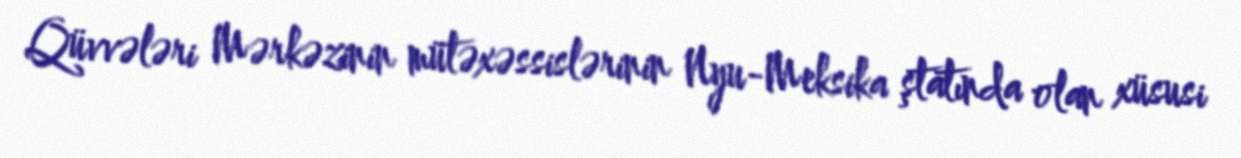
Qüvvələri Mərkəzinin mütəxəssislərinin Nyu-Meksika ştatında olan xüsusi